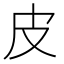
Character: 皮